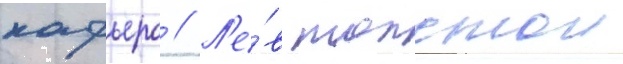
кафьеро // Л'е́в толстои